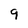
Character: 9